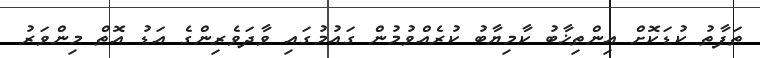
ތަފާތު ކުޑަކޮށް އިންތިޚާބު ކާމިޔާބު ކުރެއްވުމުން ގައުމުގައި ވާދަވެރިންގެ އަޑު އޮތް މިންވަރު